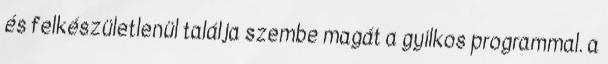
és felkészületlenül találja szembe magát a gyilkos programmal. a